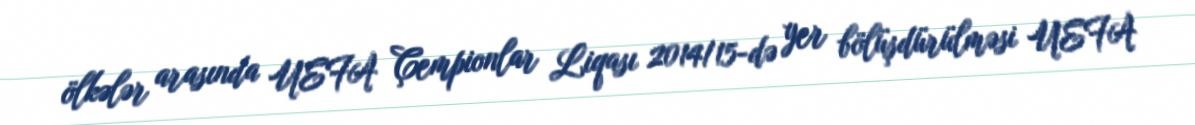
ölkələr arasında UEFA Çempionlar Liqası 2014/15-də yer bölüşdürülməsi UEFA